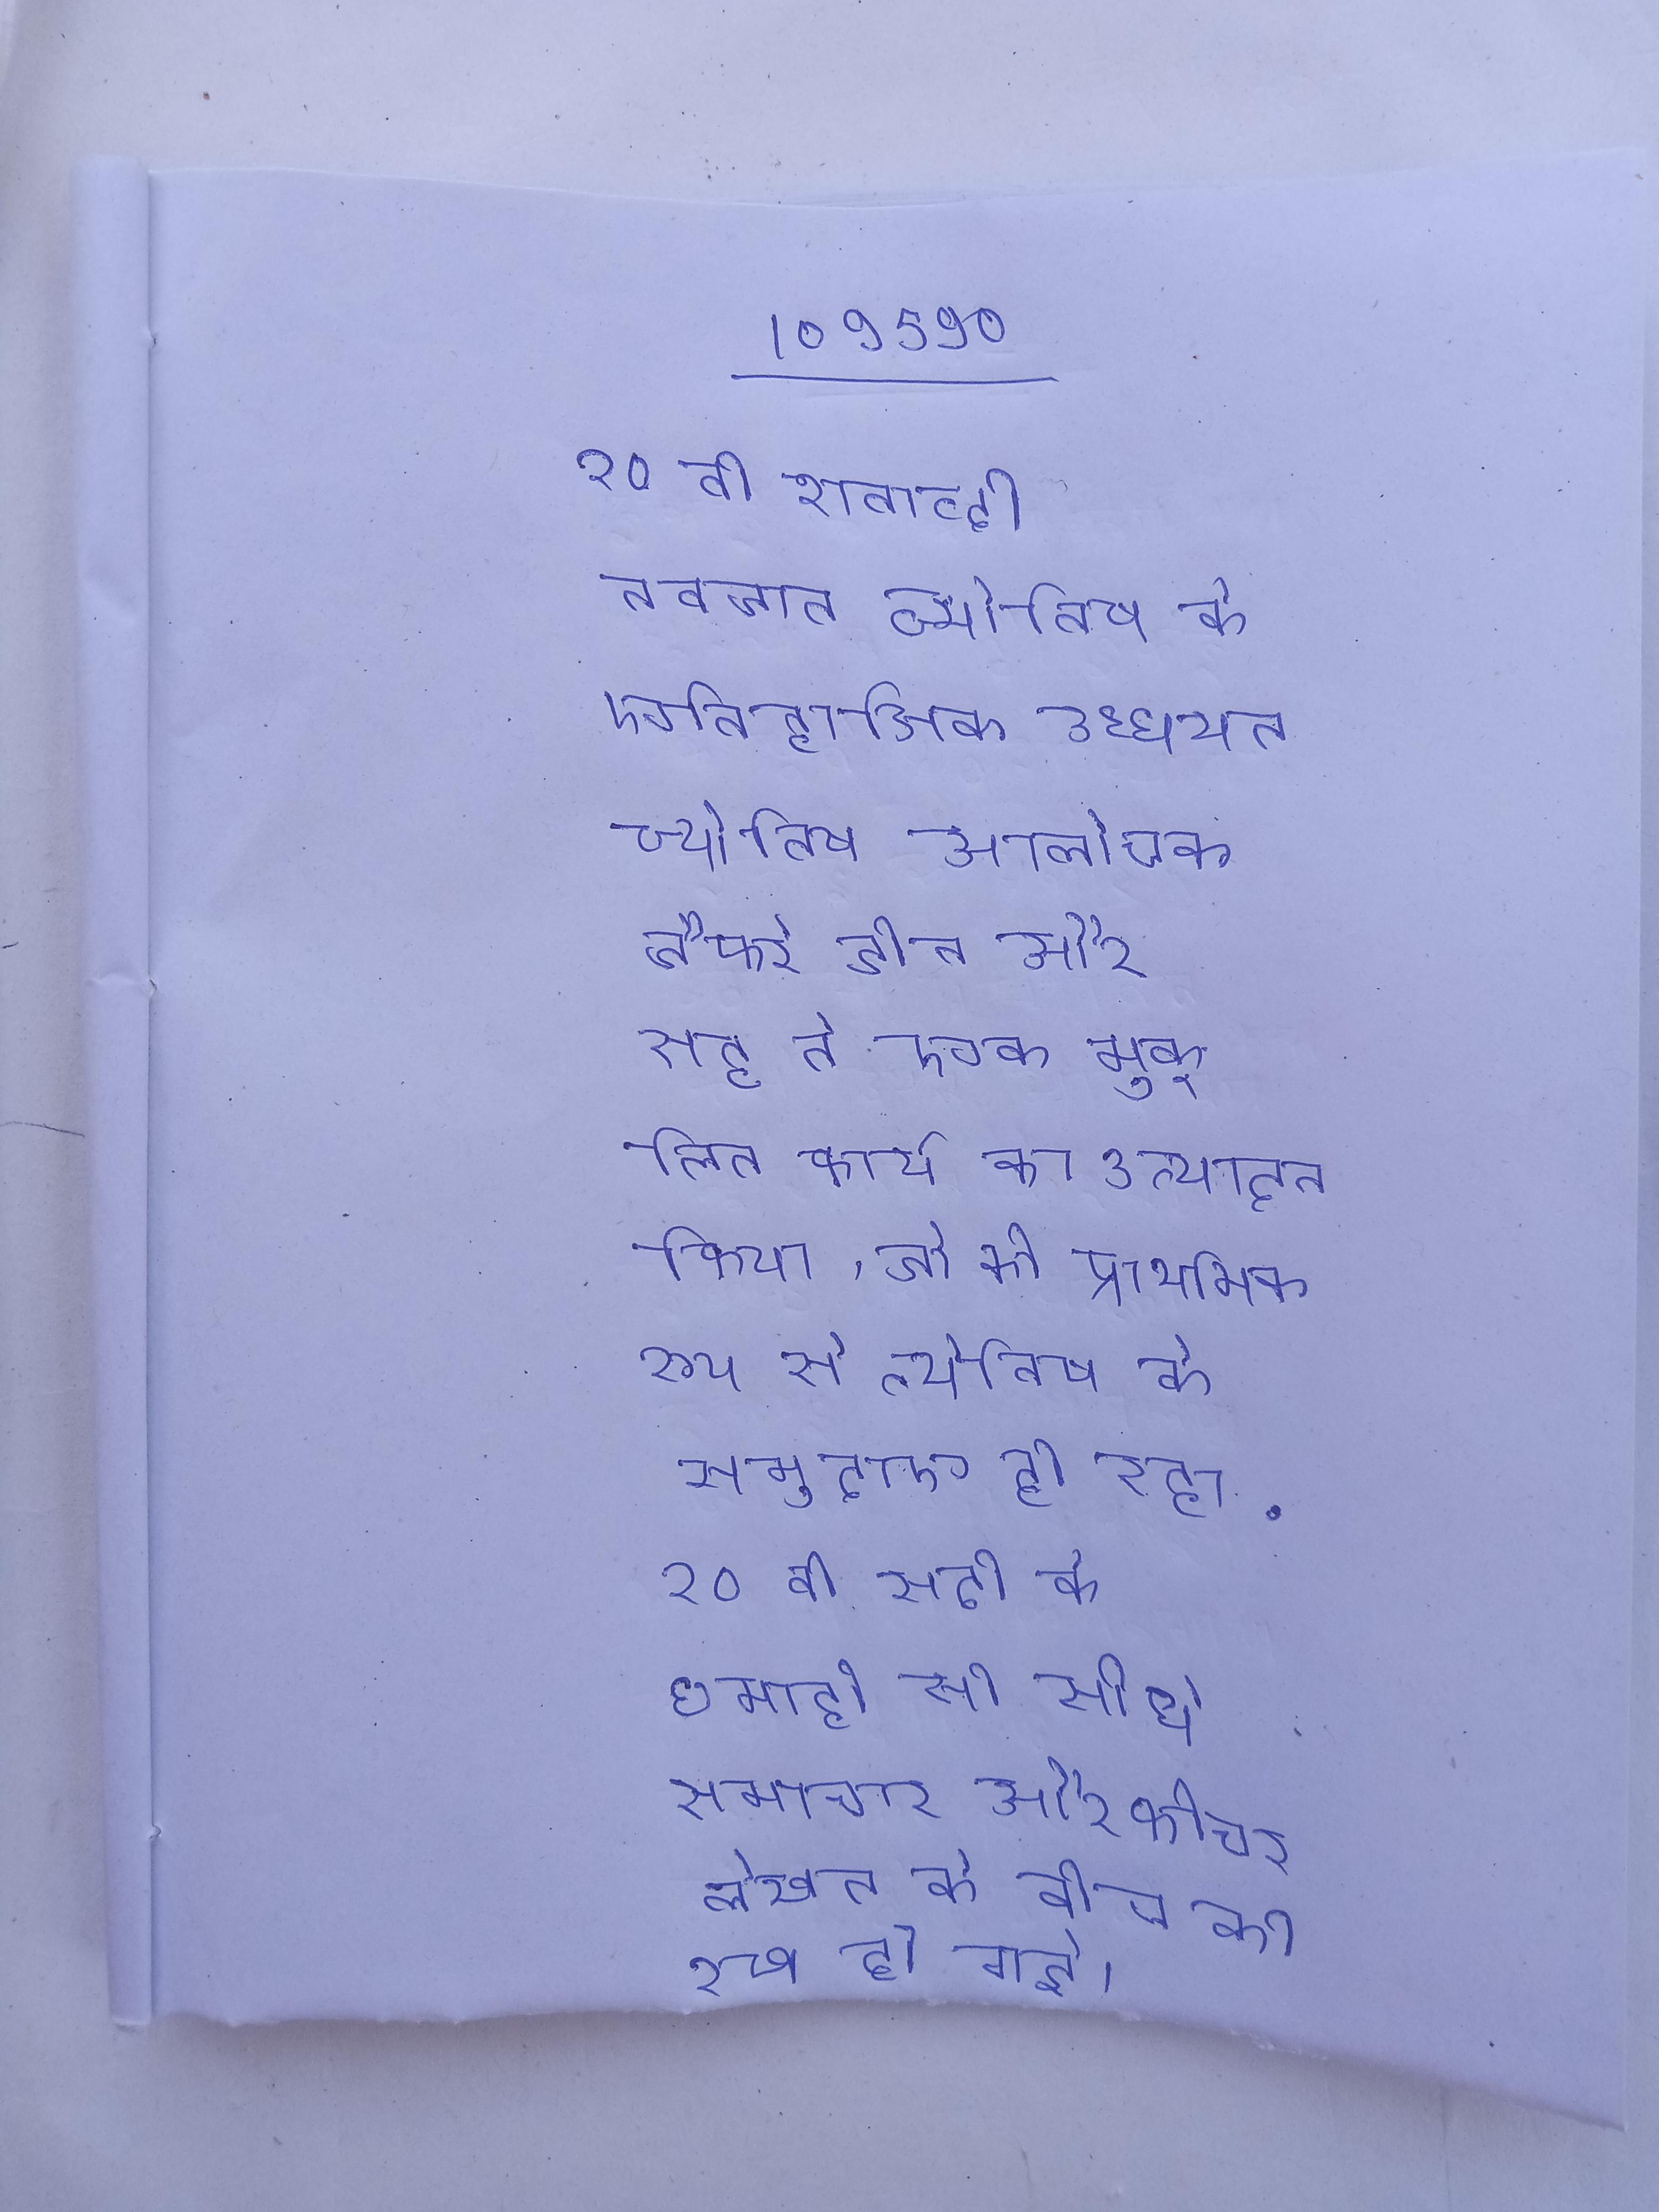
२० वी शताब्दी नवजात ज्योतिष के ऐतिहासिक अध्धयन ज्योतिष आलोचक जैफरे डीन और सह ने एक मुकुलित कार्य का उत्पादन किया, जो की प्राथमिक रूप से ज्योतिष के समुदाए ही रहा . २० वी सदी के छमाही से सीधे समाचार और फीचर लेखन के बीच की रेखा हो गई ।